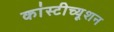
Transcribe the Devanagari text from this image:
कांस्टीच्यूशन